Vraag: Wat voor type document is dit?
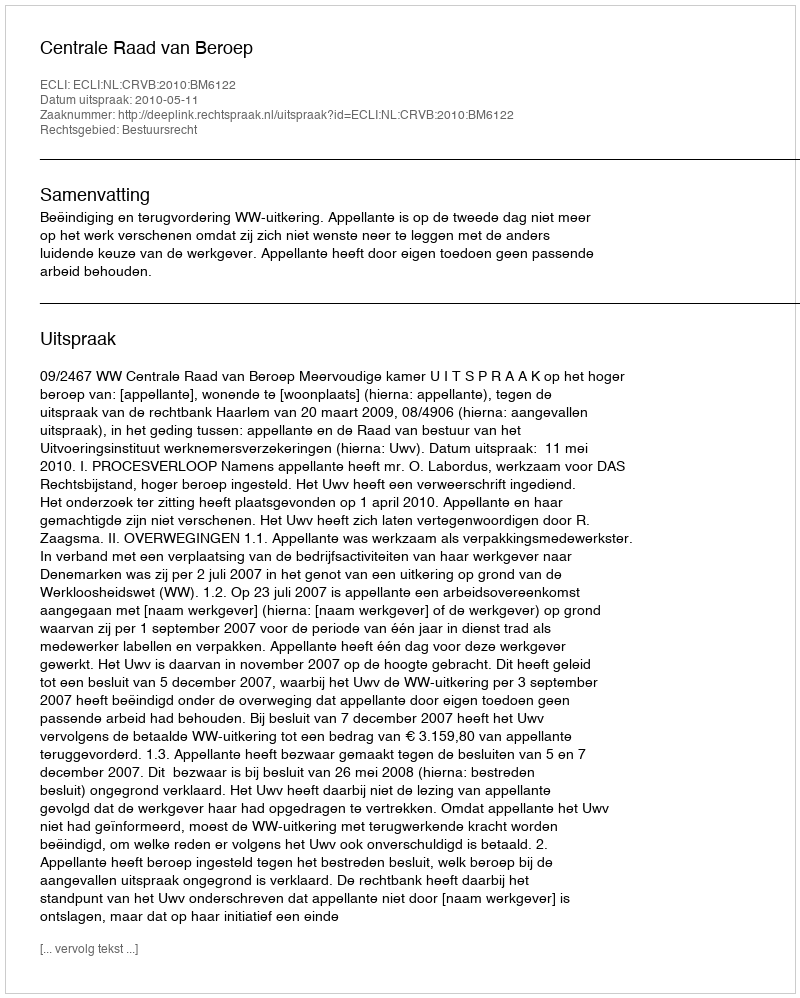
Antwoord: Uitspraak